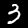
Label: 3